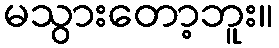
မသွားတော့ဘူး။